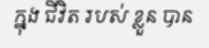
ក្នុង ជីវិត របស់ ខ្លួន បាន